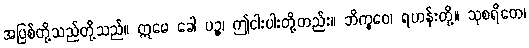
အပြစ်တို့သည်တို့သည်။ ဣမေ ခေါ ပဉ္စ၊ ဤငါးပါးတို့တည်း။ ဘိက္ခဝေ၊ ရဟန်းတို့။ သုစရိတေ၊